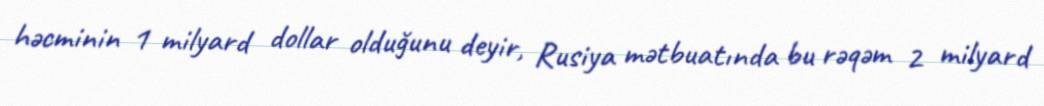
həcminin 1 milyard dollar olduğunu deyir, Rusiya mətbuatında bu rəqəm 2 milyard